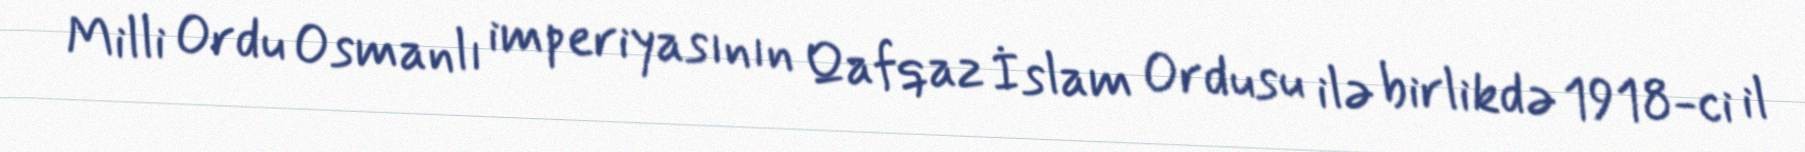
Milli Ordu Osmanlı imperiyasının Qafqaz İslam Ordusu ilə birlikdə 1918-ci il